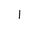
Letter: _alif